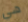
هي